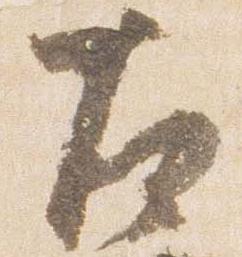
左